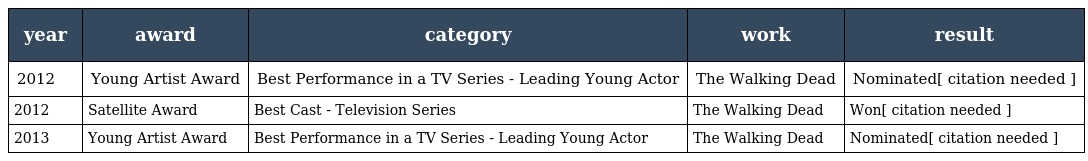
| year | award | category | work | result |
 | --- | --- | --- | --- | --- |
 | 2012 | Young Artist Award | Best Performance in a TV Series - Leading Young Actor | The Walking Dead | Nominated[ citation needed ] |
 | 2012 | Satellite Award | Best Cast - Television Series | The Walking Dead | Won[ citation needed ] |
 | 2013 | Young Artist Award | Best Performance in a TV Series - Leading Young Actor | The Walking Dead | Nominated[ citation needed ] |